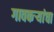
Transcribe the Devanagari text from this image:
गावकऱ्यांचा